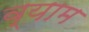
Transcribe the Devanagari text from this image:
व्याम